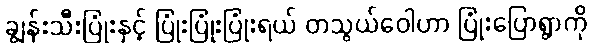
ချွန်းသီးပြုံးနှင့် ပြုံးပြုံးပြုံးရယ် တသွယ်ဝေါဟာ ပြုံးပြောရွာကို